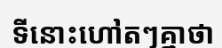
ទីនោះហៅតៗគ្នាថា